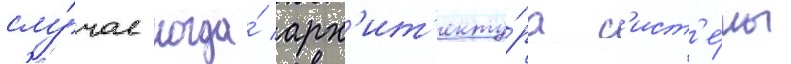
слу́чае когда́ арх'ит'екту́ра с'ист'е́мы